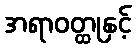
အရာဝတ္ထုနှင့်